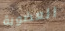
العضوية